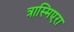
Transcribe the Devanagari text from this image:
त्रास्मिएरा